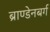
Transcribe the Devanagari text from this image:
ब्राण्डेनबर्ग